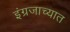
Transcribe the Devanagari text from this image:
इंग्रजाच्यात